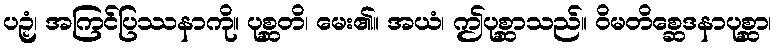
ပဉှံ၊ အကြင်ပြဿနာကို။ ပုစ္ဆတိ၊ မေး၏။ အယံ၊ ဤပုစ္ဆာသည်။ ဝိမတိစ္ဆေဒနာပုစ္ဆာ၊